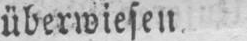
überwiesen.